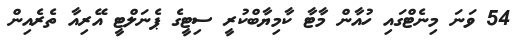
54 ވަނަ މިނެޓްގައި ހުއާން މާޓާ ކާމިޔާބްކުރީ ސިޓީގެ ޕެނަލްޓީ އޭރިއާ ތެރެއިން